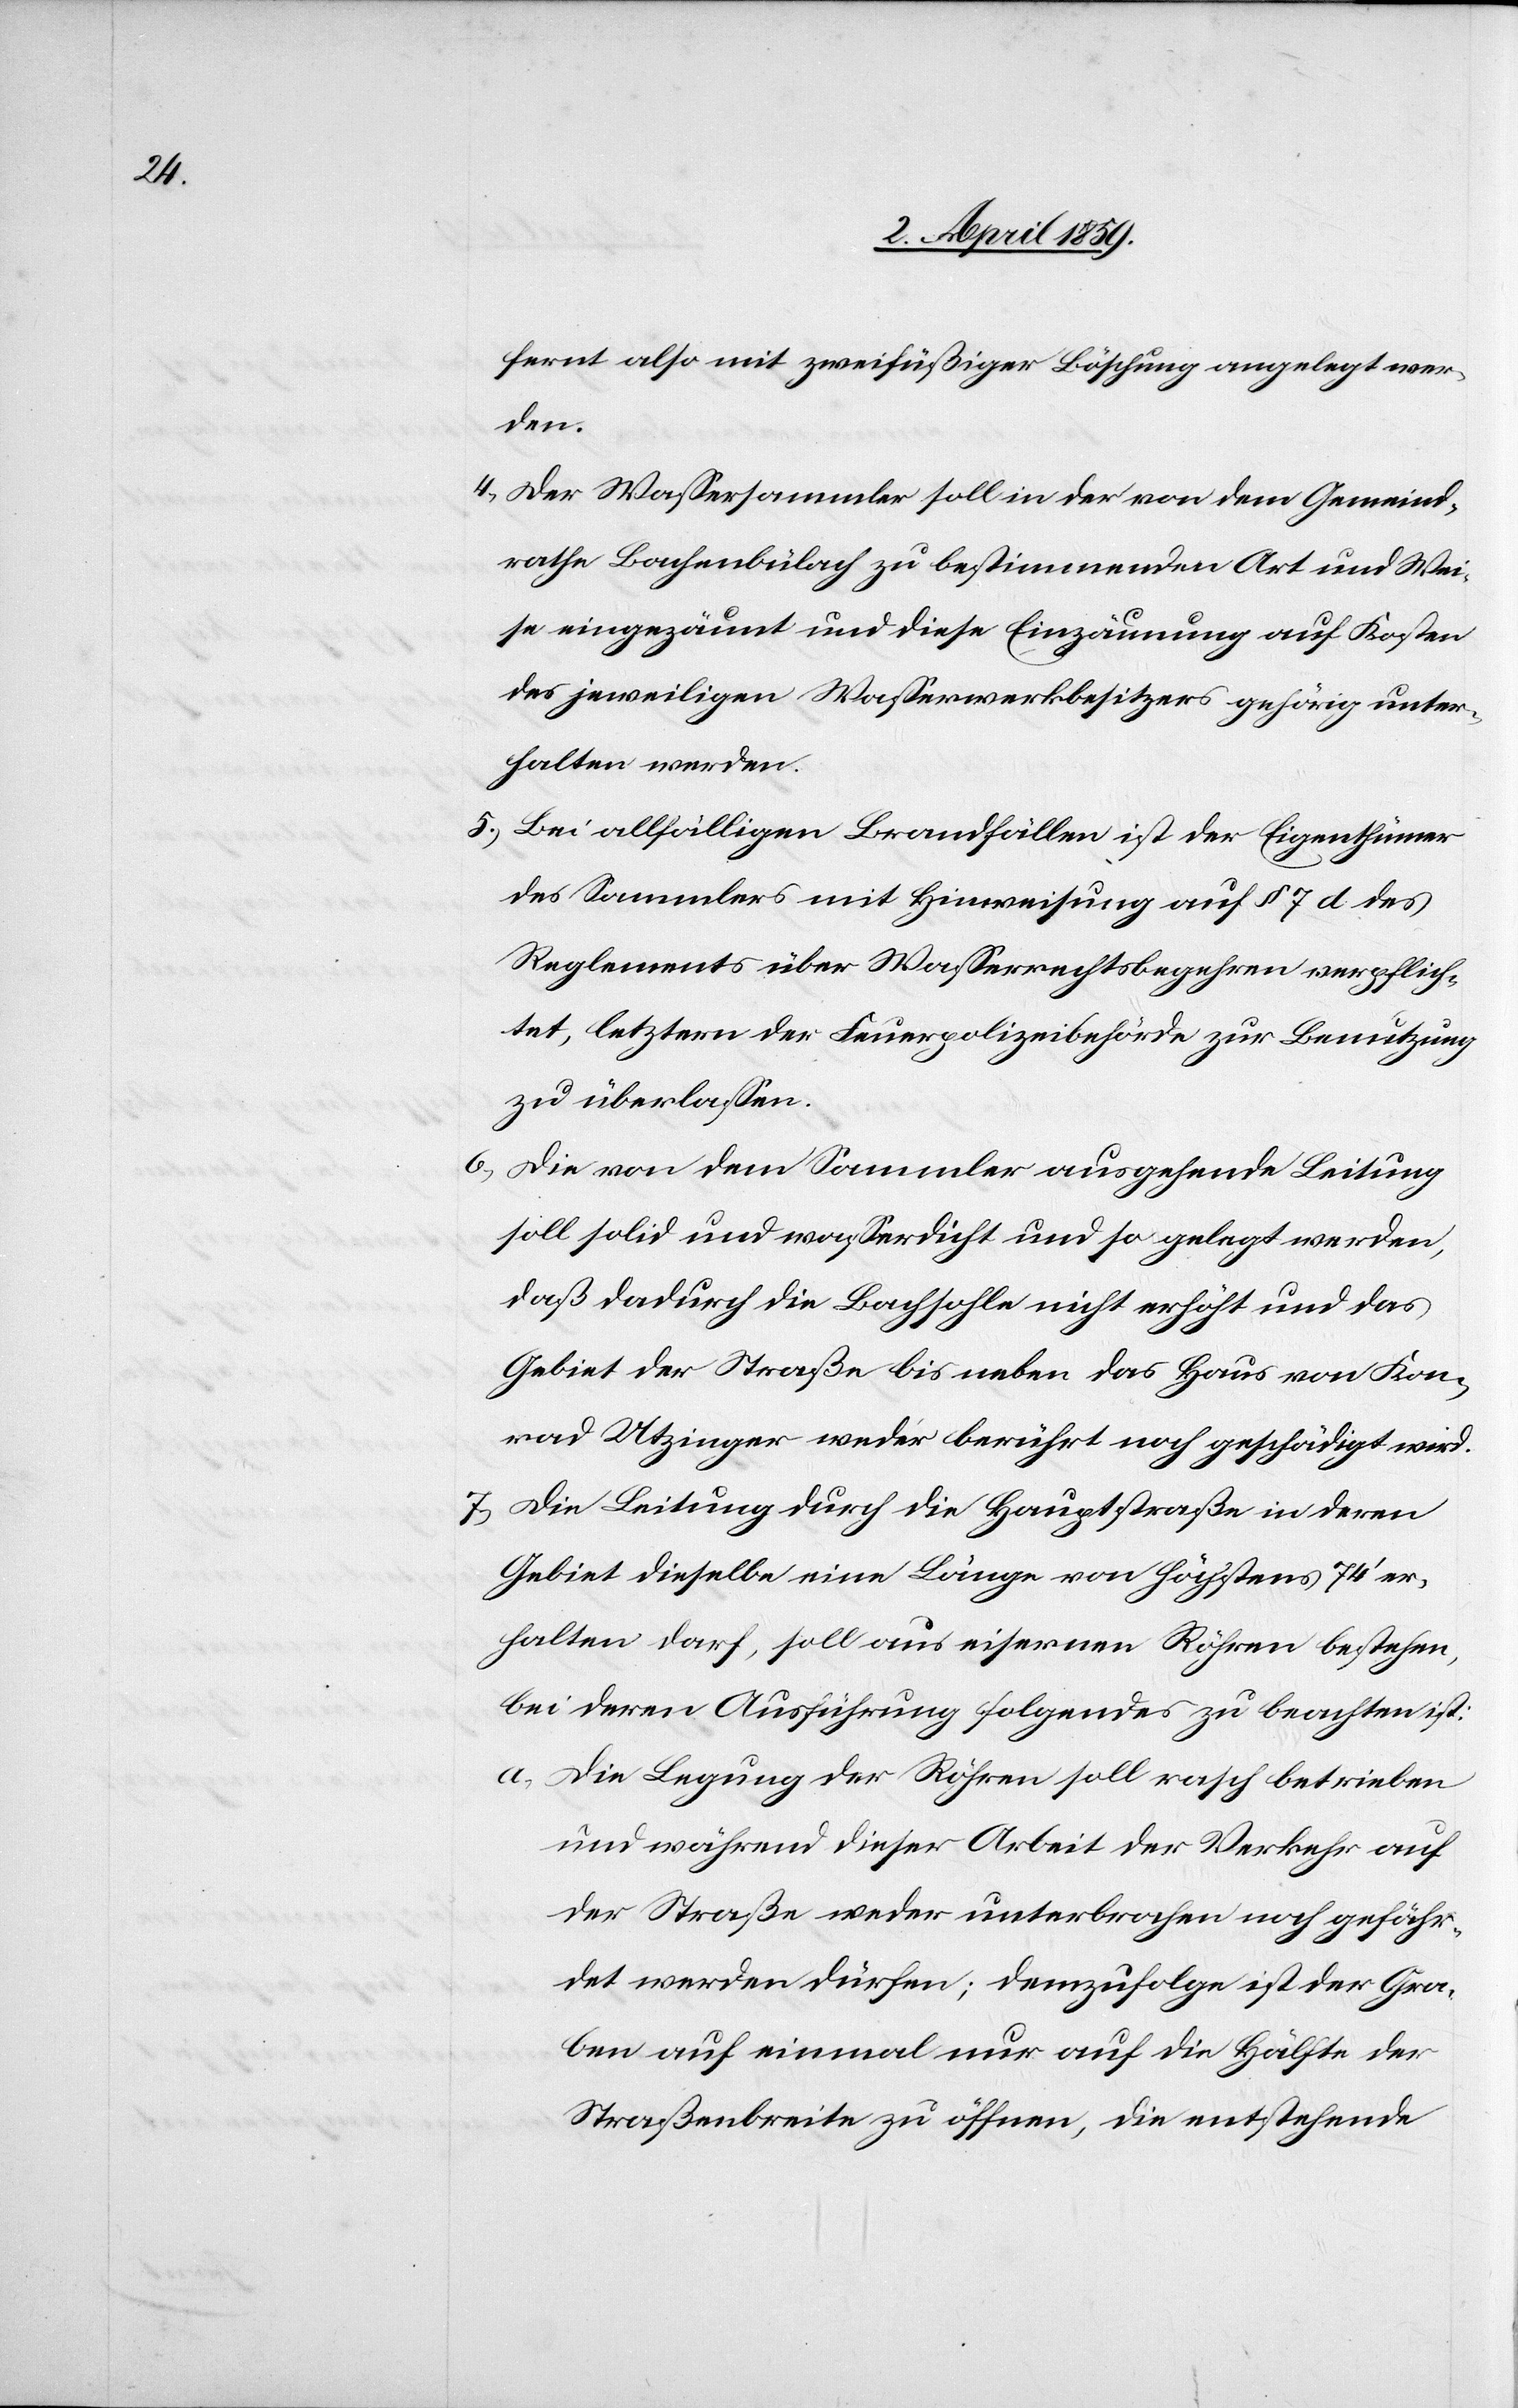
fernt also mit zweifüßiger Böschung angelegt wer¬
den.
4) Der Waßersammler soll in der von dem Gemeind¬
rathe Bachenbülach zu bestimmenden Art und Wei¬
se eingezäunt und diese Einzäunung auf Kosten
des jeweiligen Waßerwerkbesitzers gehörig unter¬
halten werden.
5) Bei allfälligen Brandfällen ist der Eigenthümer
des Sammlers mit Hinweisung auf § 7 d des
Reglements über Waßerrechtsbegehren verpflich¬
tet, letztern der Feuerpolizeibehörde zur Benutzung
zu überlaßen.
6) Die von dem Sammler ausgehende Leitung
soll solid und waßerdicht und so gelegt werden,
daß dadurch die Bachsohle nicht erhöht und das
Gebiet der Straße bis neben das von Kon¬
rad Utzinger weder berührt noch geschädigt wird.
7) Die Leitung durch die Hauptstraße in deren
Gebiet dieselbe eine Länge von höchstens 74‘ er¬
halten darf, soll aus eisernen Röhren bestehen,
bei deren Ausführung folgendes zu beachten ist:
a) Die Legung der Röhren soll rasch betrieben
und während dieser Arbeit der Verkehr auf
der Straße weder unterbrochen noch gefähr¬
det werden dürfen; demzufolge ist der Gra¬
ben auf einmal nur auf die Hälfte der
Straßenbreite zu öffnen, die entstehende